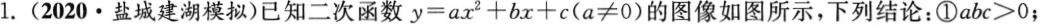
l。(2020▪盐城建湖模拟)已知二次函数$$y=ax^{2}+bx+c(a≠0)$$的图像如图